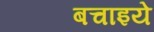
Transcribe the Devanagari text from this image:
बचाइये